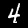
Digit: 4